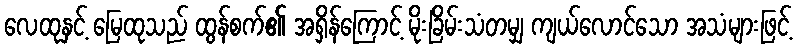
လေထုနှင့် မြေထုသည် ထွန်စက်၏ အရှိန်ကြောင့် မိုးခြိမ်းသံတမျှ ကျယ်လောင်သော အသံများဖြင့်